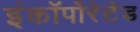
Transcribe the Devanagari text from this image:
इंकॉर्पोरेटेड